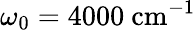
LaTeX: \omega_{0}=4000~\mathrm{cm}^{-1}